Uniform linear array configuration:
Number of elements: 8
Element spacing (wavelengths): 0.5
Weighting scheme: hamming
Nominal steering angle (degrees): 60
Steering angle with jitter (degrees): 59.679
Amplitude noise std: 0.05
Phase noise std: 0.05

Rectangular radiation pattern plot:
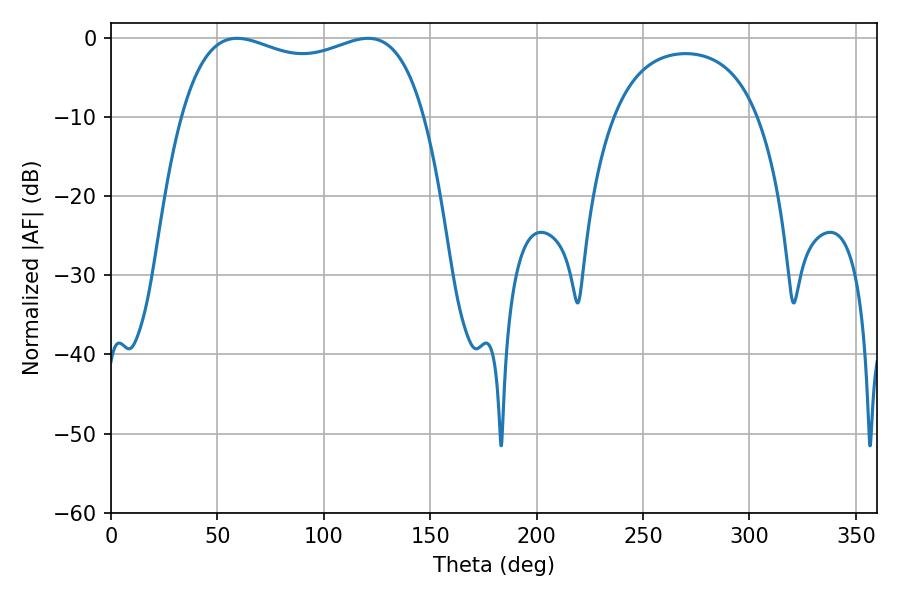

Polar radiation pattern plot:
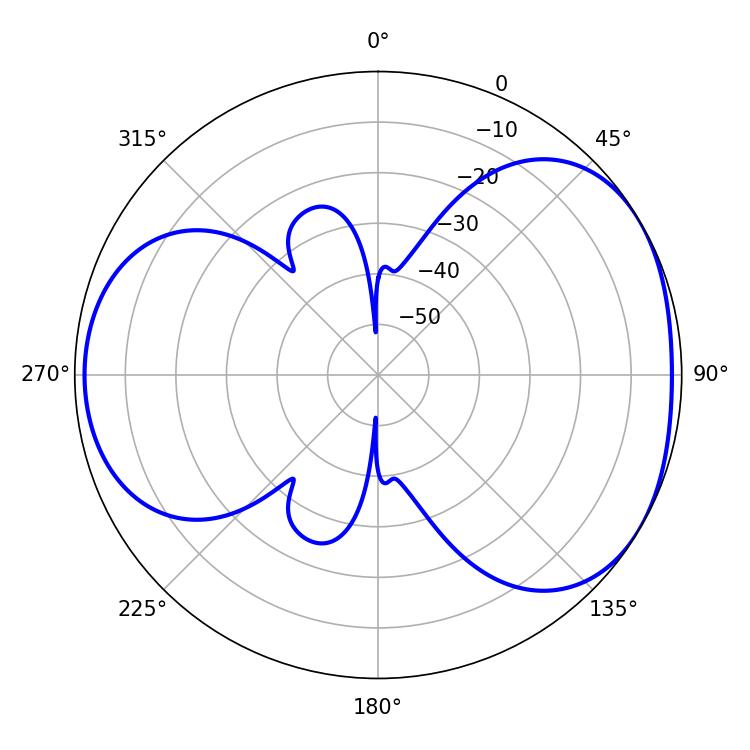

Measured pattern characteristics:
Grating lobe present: FALSE
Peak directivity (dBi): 4.279
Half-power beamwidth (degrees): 93.6
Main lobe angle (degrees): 59.22